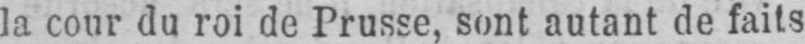
la cour du roi de Prusse, sont autant de faits